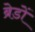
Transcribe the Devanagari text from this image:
ब्रेडों